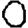
Digit: 0